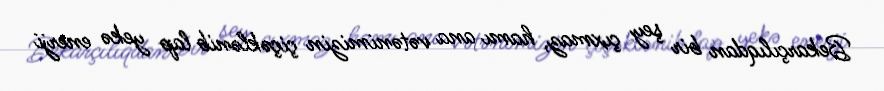
Bekarçılıqdan bir şey çıxmaz, hamı ana vətənimizin çiçəklənib lap yekə enerji